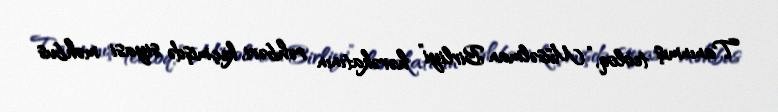
Tanınmış teoloq, “Müsəlman Birliyi” hərəkatının rəhbəri, keçmişdə siyasi məhbus